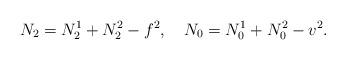
LaTeX: \begin{align*}N_2=N_2^1+N_2^2-f^2, \quad N_0=N_0^1+N_0^2-v^2.\end{align*}